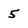
Character: 5